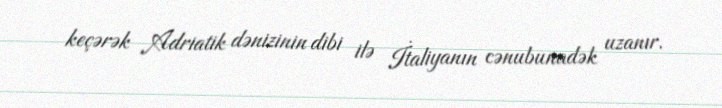
keçərək Adriatik dənizinin dibi ilə İtaliyanın cənubunadək uzanır.